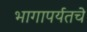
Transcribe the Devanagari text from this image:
भागापर्यतचे